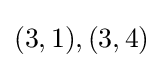
(3,1),(3,4)